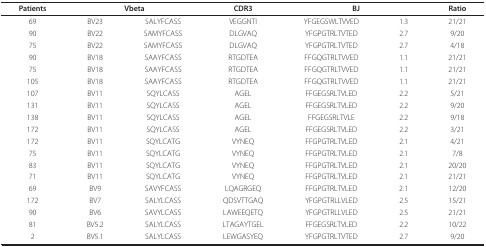
| Patients | <COLSPAN=2> Vbeta | CDR3 | <COLSPAN=2> BJ | Ratio |
 | --- | --- | --- | --- | --- | --- | --- |
 | 69 | BV23 | SALYFCASS | VEGGNTI | YFGEGSWLTVVED | 1.3 | 21/21 |
 | 90 | BV22 | SAMYFCASS | DLGVAQ | YFGPGTRLTVTED | 2.7 | 9/20 |
 | 75 | BV22 | SAMYFCASS | DLGVAQ | YFGPGTRLTVTED | 2.7 | 4/18 |
 | 90 | BV18 | SAAYFCASS | RTGDTEA | FFGQGTRLTVVED | 1.1 | 21/21 |
 | 75 | BV18 | SAAYFCASS | RTGDTEA | FFGQGTRLTVVED | 1.1 | 21/21 |
 | 105 | BV18 | SAAYFCASS | RTGDTEA | FFGQGTRLTVVED | 1.1 | 21/21 |
 | 107 | BV11 | SQYLCASS | AGEL | FFGEGSRLTVLED | 2.2 | 5/21 |
 | 131 | BV11 | SQYLCASS | AGEL | FFGEGSRLTVLED | 2.2 | 9/20 |
 | 138 | BV11 | SQYLCASS | AGEL | FFGEGSRLTVLE | 2.2 | 9/18 |
 | 172 | BV11 | SQYLCASS | AGEL | FFGEGSRLTVLED | 2.2 | 3/21 |
 | 172 | BV11 | SQYLCATG | VYNEQ | FFGPGTRLTVLED | 2.1 | 4/21 |
 | 75 | BV11 | SQYLCATG | VYNEQ | FFGPGTRLTVLED | 2.1 | 7/8 |
 | 83 | BV11 | SQYLCATG | VYNEQ | FFGPGTRLTVLED | 2.1 | 20/20 |
 | 71 | BV11 | SQYLCATG | VYNEQ | FFGPGTRLTVLED | 2.1 | 21/21 |
 | 69 | BV9 | SAVYFCASS | LQAGRGEQ | FFGPGTRLTVLED | 2.1 | 12/20 |
 | 172 | BV7 | SALYLCASS | QDSVTTGAQ | YFGPGTRLLVLED | 2.5 | 15/21 |
 | 90 | BV6 | SAVYLCASS | LAWEEQETQ | YFGPGTRLLVLED | 2.5 | 21/21 |
 | 81 | BV5.2 | SALYLCASS | LTAGAYTGEL | FFGEGSRLTVLED | 2.2 | 10/22 |
 | 2 | BV5.1 | SALYLCASS | LEWGASYEQ | YFGPGTRLTVTED | 2.7 | 9/20 |